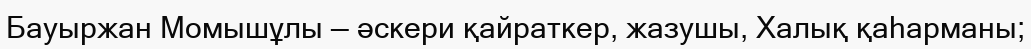
Бауыржан Момышұлы — әскери қайраткер, жазушы, Халық қаһарманы;